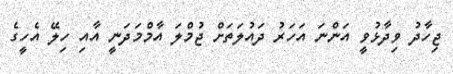
ޖިހާދު ވިދާޅުވީ އަންނަ އަހަރު ދައުލަތަށް ޖުމްލަ އާމްމަދަނީ އާއި ހިލޭ އެހީގެ